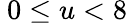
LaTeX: \ 0\leq u<8